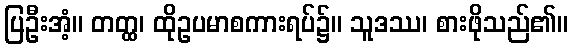
ပြဦးအံ့။ တတ္ထ၊ ထိုဥပမာစကားရပ်၌။ သူဒဿ၊ စားဖိုသည်၏။